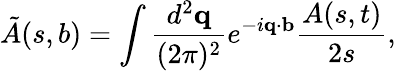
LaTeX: \tilde{A}(s,b)=\int\frac{d^{2}{\mathbf q}}{(2\pi)^{2}}e^{-i{\mathbf q}\cdot{\mathbf b}}\frac{A(s,t)}{2s},